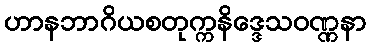
ဟာနဘာဂိယစတုက္ကနိဒ္ဒေသဝဏ္ဏနာ